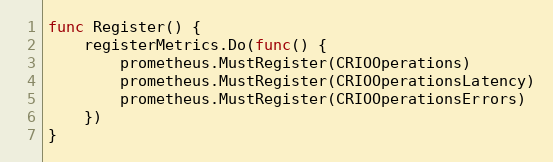
Language: Go
func Register() {
	registerMetrics.Do(func() {
		prometheus.MustRegister(CRIOOperations)
		prometheus.MustRegister(CRIOOperationsLatency)
		prometheus.MustRegister(CRIOOperationsErrors)
	})
}